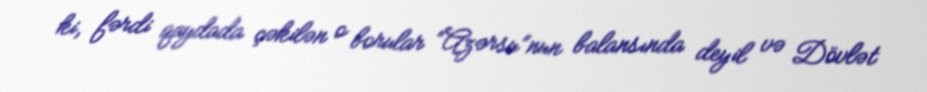
ki, fərdi qaydada çəkilən o borular “Azərsu”nun balansında deyil və Dövlət